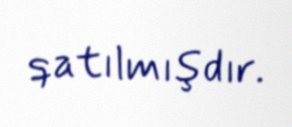
qatılmışdır.